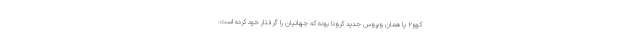
کوو۲ یا همان ویروس جدید کرونا بوده که جهانیان را گرفتار خود کرده است.